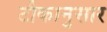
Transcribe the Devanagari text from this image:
टीकानुसार